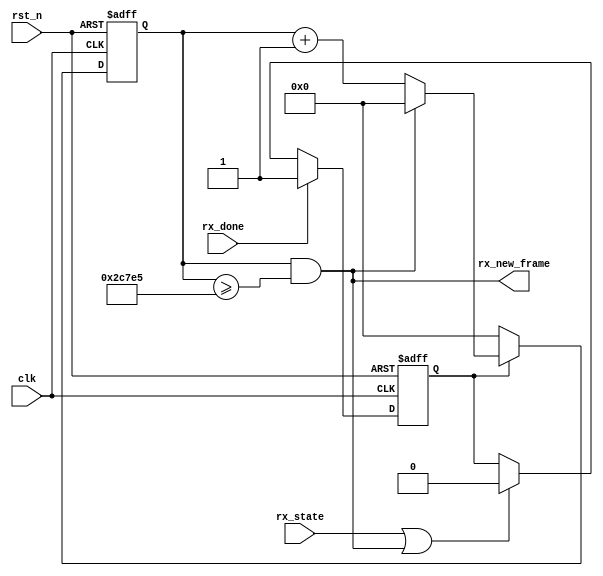
`timescale 1ns / 1ns
`define UD #1

module ct_35t_gen #
(
    parameter           CLK_FREQ   = 'd50000000,// 50MHz
    parameter           BAUD_RATE  = 'd9600    //
)
(
    input    clk         ,// system clock
    input    rst_n       ,// system reset, active low

    input    rx_done     ,// pos-pulse for 1 tick indicates 1 byte transfer done
    input    rx_state    ,

    output   rx_new_frame // if intervel >3.5T == 1
);

localparam BPS_PARAM = (CLK_FREQ/BAUD_RATE);
parameter  DELAY_CNT = 35;

reg         cnt_en_flag;//
reg [19:0]  bps_cnt    ;//
wire        add_bps_cnt;
wire        end_bps_cnt;

always@(posedge clk or negedge rst_n)
begin
    if(!rst_n)
    begin
        cnt_en_flag <= `UD 1'b0;
    end
    else
    begin
        if(rx_done)
        begin
            cnt_en_flag <= `UD 1'b1;
        end
        else if(rx_state||end_bps_cnt)
        begin
            cnt_en_flag <= `UD 1'b0;
        end
    end
end

always @(posedge clk or negedge rst_n)begin 
   if(!rst_n)begin
        bps_cnt <= `UD 0;
    end 
    else if(add_bps_cnt)begin 
            if(end_bps_cnt)begin 
                bps_cnt <= `UD 0;
            end
            else begin 
                bps_cnt <= `UD bps_cnt + 1;
            end 
    end
   else  begin
       bps_cnt <= `UD 0;
    end
end 

assign add_bps_cnt = cnt_en_flag;
assign end_bps_cnt = bps_cnt && bps_cnt >= DELAY_CNT*(BPS_PARAM-1);
assign rx_new_frame = end_bps_cnt;

endmodule